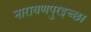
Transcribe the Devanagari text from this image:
नारायणपुरइच्छा